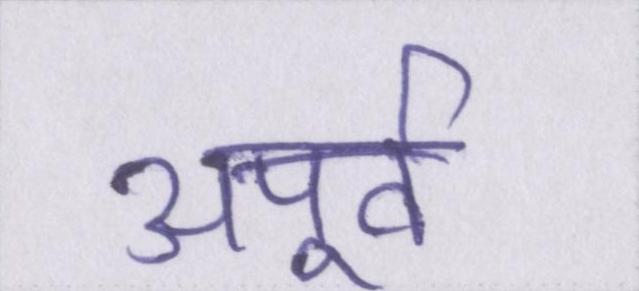
अपूर्व